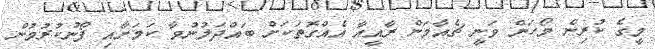
މީގެ ކުރިން މޯހަން ވަނީ ޗެއާމަން ރާއީއާ އެއްގޮތަކަށް ބައްދަލުނުވާ ކަމަށާއި ފޯނުކުރުމުން